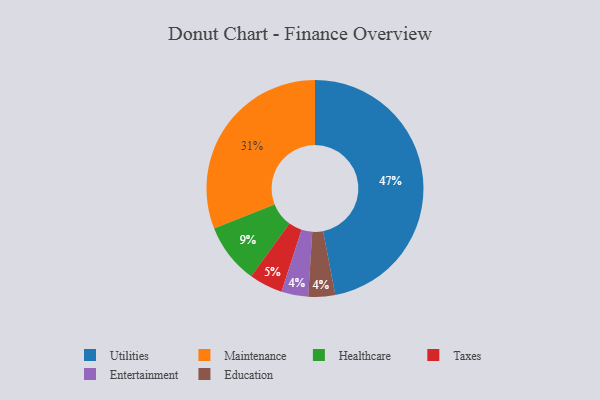
{"axis": {"x": "Category", "y": "Percentage"}, "legend": ["Education", "Entertainment", "Healthcare", "Maintenance", "Taxes", "Utilities"], "data": [{"x": "Healthcare", "y": 9, "type": "Healthcare"}, {"x": "Utilities", "y": 47, "type": "Utilities"}, {"x": "Taxes", "y": 5, "type": "Taxes"}, {"x": "Entertainment", "y": 4, "type": "Entertainment"}, {"x": "Education", "y": 4, "type": "Education"}, {"x": "Maintenance", "y": 31, "type": "Maintenance"}]}